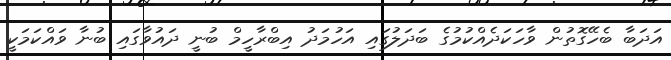
އަދަބާ ބެހޭގޮތުން ވާހަކަދެއްކުމުގެ ބަދަލުގައި އަހުމަދު އިބްރާހީމް ބުނީ ދައުވާގައި ބުނާ ވައްކަމަކީ